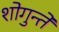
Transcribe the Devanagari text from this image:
शोगुन्ते